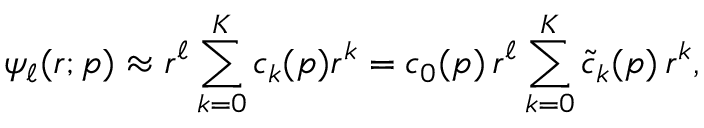
\psi _ { \ell } ( r ; \mathfrak { p } ) \approx r ^ { \ell } \sum _ { k = 0 } ^ { K } c _ { k } ( \mathfrak { p } ) r ^ { k } = c _ { 0 } ( \mathfrak { p } ) \, r ^ { \ell } \sum _ { k = 0 } ^ { K } \widetilde { c } _ { k } ( \mathfrak { p } ) \, r ^ { k } ,